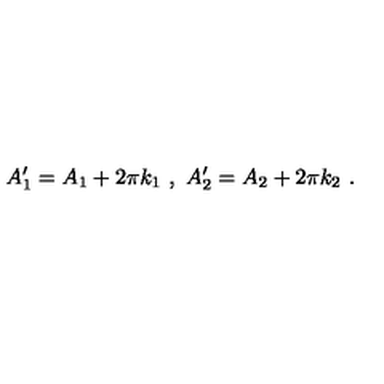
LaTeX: A _ { 1 } ^ { \prime } = A _ { 1 } + 2 \pi k _ { 1 } \ , \ A _ { 2 } ^ { \prime } = A _ { 2 } + 2 \pi k _ { 2 } \ .